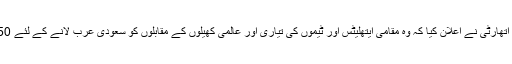
سعودی عرب کی جنرل سپورٹس اتھارٹی نے اعلان کیا کہ وہ مقامی ایتھلیٹس اور ٹیموں کی تیاری اور عالمی کھیلوں کے مقابلوں کو سعودی عرب لانے کے لئے 650 ڈالر مختص کر دیے گئے ہیں۔